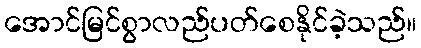
အောင်မြင်စွာလည်ပတ်စေနိုင်ခဲ့သည်။